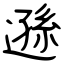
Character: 遜